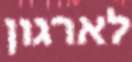
לארגון